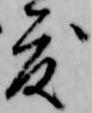
度